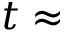
t \approx